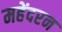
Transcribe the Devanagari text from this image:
महेंदरन